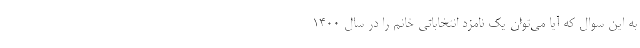
به این سوال که آیا می‌توان یک نامزد انتخاباتی خانم را در سال ۱۴۰۰